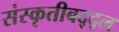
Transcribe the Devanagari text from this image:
संस्कृतीबद्द्ल